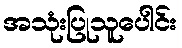
အသုံးပြုသူပေါင်း